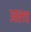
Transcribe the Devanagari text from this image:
आलच